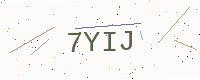
Text: 7YIJ